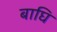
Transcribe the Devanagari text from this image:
बाघि